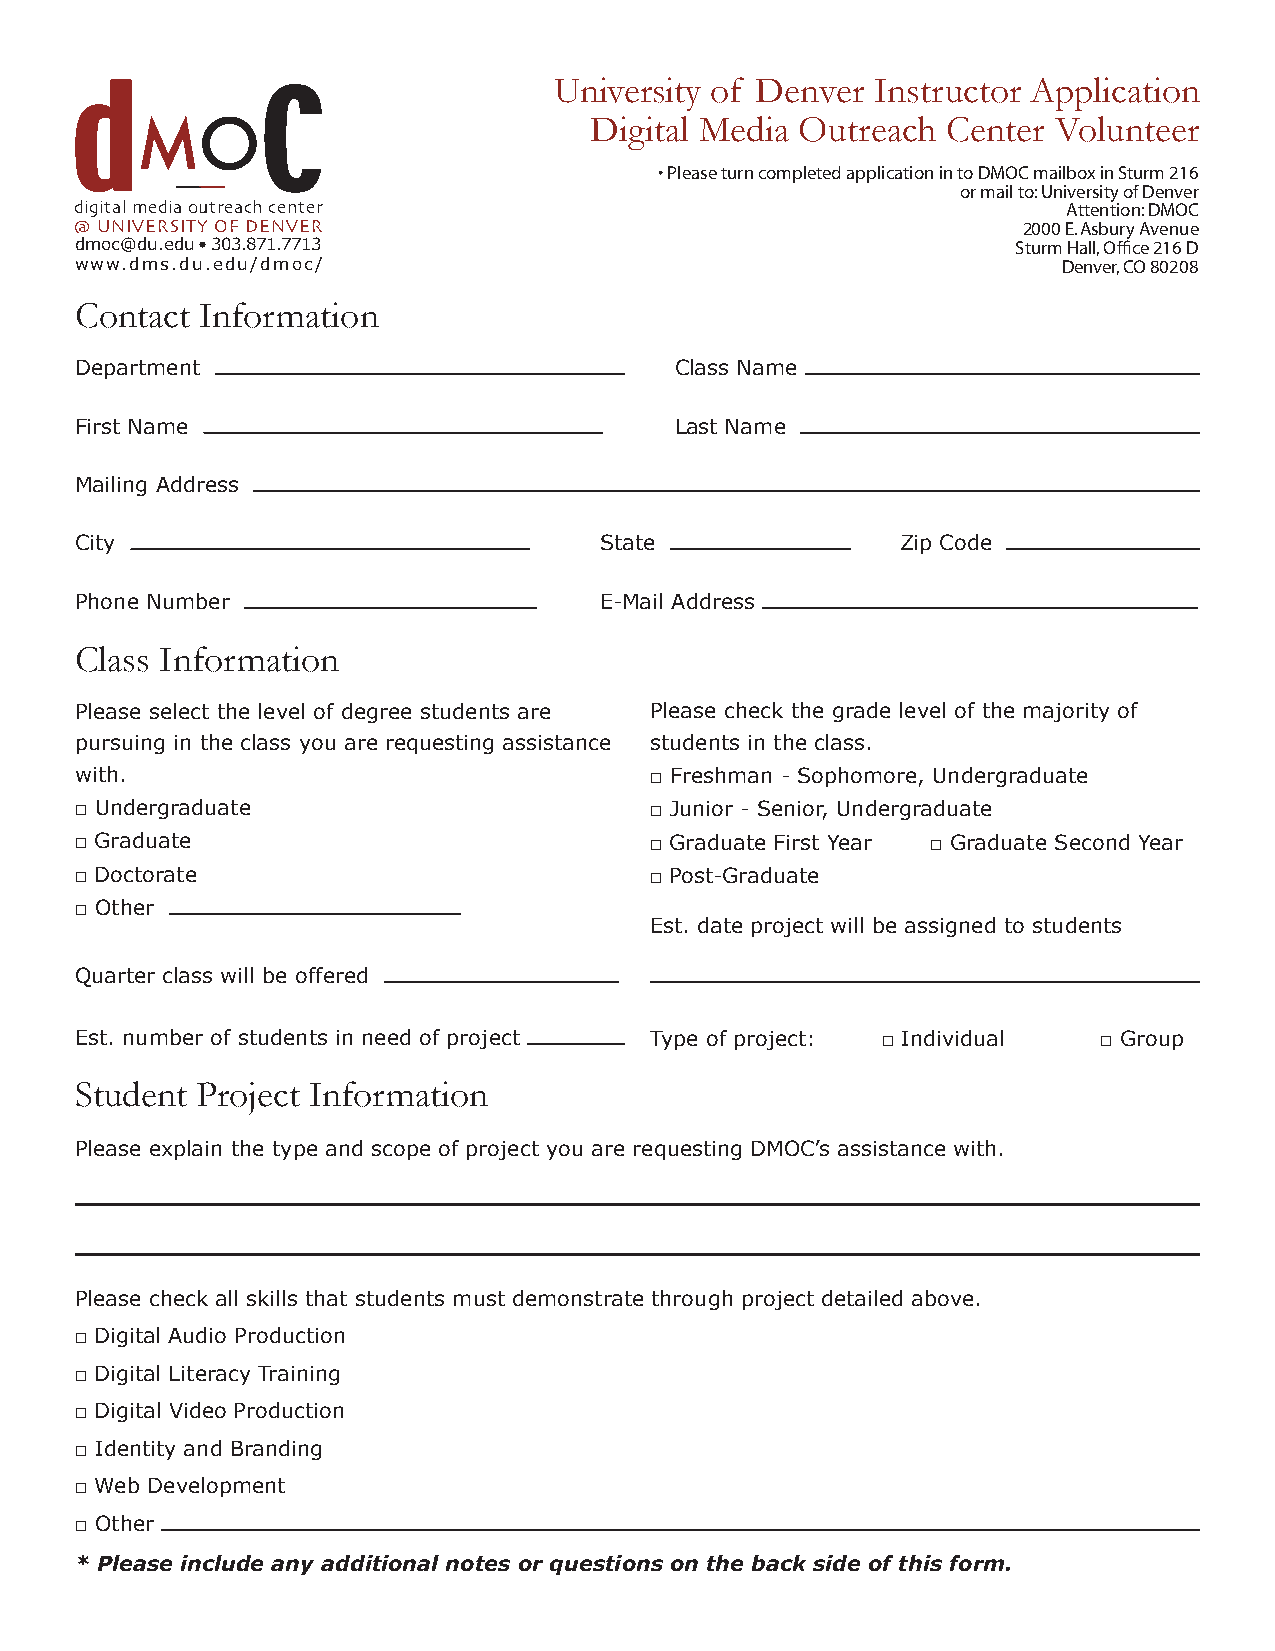
University of Denver Instructor Application
 �   ���                           Digital Media Outreach  Center Volunteer
 • Please turn completed application in to DMOC mailbox in Sturm 216
 or mail to: University of Denver
 �����������������������������                                     Attention: DMOC
 ����������������������                                         2000 E. Asbury Avenue
 dmoc@du.edu • 303.871.7713                                    Sturm Hall, Office 216 D
 www.dms.du.edu/dmoc/                                             Denver, CO 80208
 Contact Information
 Department                              Class Name
 First Name                              Last Name
 Mailing Address
 City                               State               Zip Code
 Phone Number                       E-Mail Address
 Class Information
 Please select the level of degree students are Please check the grade level of the majority of
 pursuing in the class you are requesting assistance students in the class.
 with.                                 □ Freshman - Sophomore, Undergraduate
 □ Undergraduate                       □ Junior - Senior, Undergraduate
 □ Graduate                            □ Graduate First Year □ Graduate Second Year
 □ Doctorate                           □ Post-Graduate
 □ Other
 Est. date project will be assigned to students
 Quarter class will be offered
 Est. number of students in need of project Type of project: □ Individual □ Group
 Student Project Information
 Please explain the type and scope of project you are requesting DMOC’s assistance with.
 Please check all skills that students must demonstrate through project detailed above.
 □ Digital Audio Production
 □ Digital Literacy Training
 □ Digital Video Production
 □ Identity and Branding
 □ Web Development
 □ Other
 * Please include any additional notes or questions on the back side of this form.